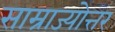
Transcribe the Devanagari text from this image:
साम्राज्योत्तर